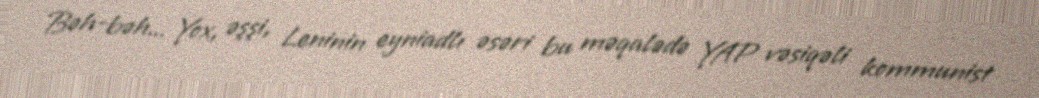
Bəh-bəh... Yox, əşşi, Leninin eyniadlı əsəri bu məqalədə YAP vəsiqəli kommunist